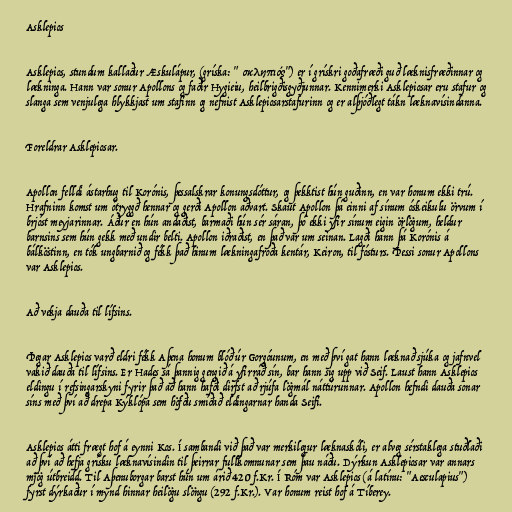
Asklepios

Asklepios, stundum kallaður Æskulápur, (gríska: "Ἀσκληπιός") er í grískri goðafræði guð læknisfræðinnar og
lækninga. Hann var sonur Apollons og faðir Hygieiu, heilbrigðisgyðjunnar. Kennimerki Asklepiosar eru stafur og
slanga sem venjulega hlykkjast um stafinn og nefnist Asklepiosarstafurinn og er alþjóðlegt tákn læknavísindanna.

Foreldrar Asklepiosar.

Apollon felldi ástarhug til Korónis, þessalskrar konungsdóttur, og þekktist hún guðinn, en var honum ekki trú.
Hrafninn komst um ótryggð hennar og gerði Apollon aðvart. Skaut Apollon þá einni af sínum óskeikulu örvum í
brjóst meyjarinnar. Áður en hún andaðist, barmaði hún sér sáran, þó ekki yfir sínum eigin örlögum, heldur
barnsins sem hún gekk með undir belti. Apollon iðraðist, en það var um seinan. Lagði hann þá Korónis á
bálköstinn, en tók ungbarnið og fékk það hinum lækningafróða kentár, Keiron, til fósturs. Þessi sonur Apollons
var Asklepios.

Að vekja dauða til lífsins.

Þegar Asklepios varð eldri fékk Aþena honum blóð úr Gorgóunum, en með því gat hann læknað sjúka og jafnvel
vakið dauða til lífsins. Er Hades sá þannig gengið á yfirráð sín, bar hann sig upp við Seif. Laust hann Asklepios
eldingu í refsingarskyni fyrir það að hann hafði dirfst að rjúfa lögmál náttúrunnar. Apollon hefndi dauða sonar
síns með því að drepa Kýklópa sem höfðu smíðað eldingarnar handa Seifi.

Asklepios átti frægt hof á eynni Kos. Í sambandi við það var merkilegur læknaskóli, er alveg sérstaklega stuðlaði
að því að hefja grísku læknavísindin til þeirrar fullkomnunar sem þau náðu. Dýrkun Asklepiosar var annars
mjög útbreidd. Til Aþenuborgar barst hún um árið 420 f.Kr. Í Róm var Asklepios (á latínu: "Aesculapius")
fyrst dýrkaður í mynd hinnar heilögu slöngu (292 f.Kr.). Var honum reist hof á Tíberey.